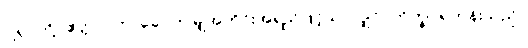
ငါ့ရှင်တို့။ ဧတ္တာဝတာခေါ၊ ဤမျှအတိုင်းအရှည်ဖြင့်သာလျှင်။ ဘိက္ခု၊ ရဟန်းသည်။